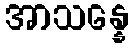
အာသန္နေ